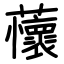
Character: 蘹